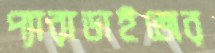
প্যারাডাইজের